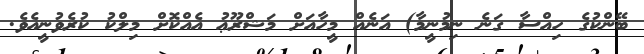
ބޭންކުގެ ހިއްސާ ގަނެ ނިމުނީމާ) އަނެއް މީހާއަށް މަޝްރޫޢު އެއްކޮށް މިލްކު ކުރެވުނީއެވެ.